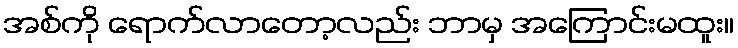
အစ်ကို ရောက်လာတော့လည်း ဘာမှ အကြောင်းမထူး။